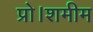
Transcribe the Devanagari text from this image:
प्रो।शमीम